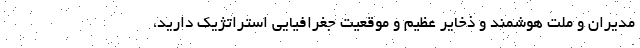
مدیران و ملت هوشمند و ذخایر عظیم و موقعیت جغرافیایی استراتژیک دارید،